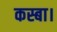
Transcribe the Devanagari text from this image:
कस्बा।